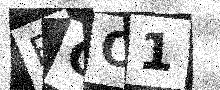
Text: FGO1